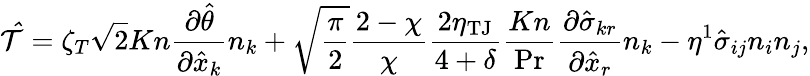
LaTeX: \mathcal{\hat{T}}=\zeta_{T}\sqrt{2}Kn\frac{\partial\hat{\theta}}{\partial\hat{x}_{k}}n_{k}+\sqrt{\frac{\pi}{2}}\frac{2-\chi}{\chi}\frac{2\eta_{\mathrm{TJ}}}{4+\delta}\frac{Kn}{\operatorname*{Pr}}\frac{\partial\hat{\sigma}_{kr}}{\partial\hat{x}_{r}}n_{k}-\eta^{1}\hat{\sigma}_{ij}n_{i}n_{j}\mathrm{,}